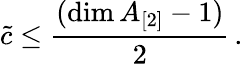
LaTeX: \tilde{c}\leq\frac{(\dim A_{[2]}-1)}{2}\, .